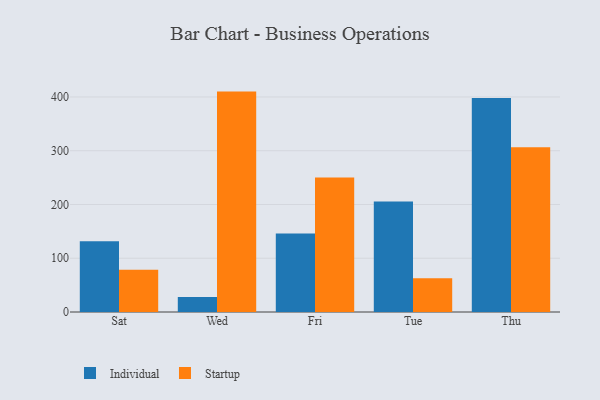
{"axis": {"x": "Day", "y": "Humidity (%)"}, "legend": ["Individual", "Startup"], "data": [{"x": "Sat", "y": 131.5, "type": "Individual"}, {"x": "Sat", "y": 78.4, "type": "Startup"}, {"x": "Wed", "y": 27.9, "type": "Individual"}, {"x": "Wed", "y": 410.0, "type": "Startup"}, {"x": "Fri", "y": 145.8, "type": "Individual"}, {"x": "Fri", "y": 250.0, "type": "Startup"}, {"x": "Tue", "y": 205.7, "type": "Individual"}, {"x": "Tue", "y": 62.7, "type": "Startup"}, {"x": "Thu", "y": 398.0, "type": "Individual"}, {"x": "Thu", "y": 306.6, "type": "Startup"}]}